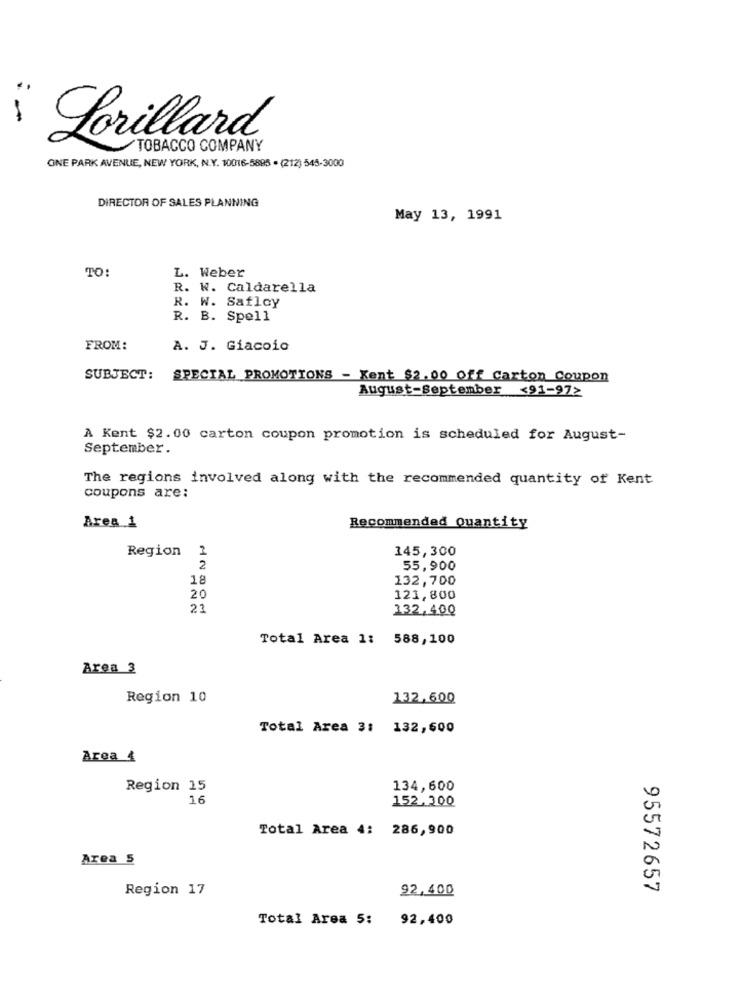
Lorillard
TOBACCO COMPANY
ONE PARK AVENUE, NEW YORK, N.Y. 10016-5885 · (212) 545-3000
DIRECTOR OF SALES PLANNING
May 13, 1991
TO:
L. Weber
R. W. Caldarella
R. W. Safloy
R. B. Spell
FROM:
A. J. Giacoio
SUBJECT:
SPECIAL PROMOTIONS - Kent $2.00 off Carton Coupon
August-September <91-972
À Kent $2.00 carton coupon promotion is scheduled for August-
September.
The regions involved along with the recommended quantity of Kent
coupons are:
Area 1
Recommended Quantity
Region
2
145,300
2
55,900
18
132,700
20
121,800
23
332,400
Total Area 1: 588,100
Area 3
Region 10
132,600
Total Area 3: 132,500
Area 4
Region 15
134,600
16
152.300
Total Area 4: 286,900
Area 5
Region 17
92,400
95572657
Total Area 5: 92,400